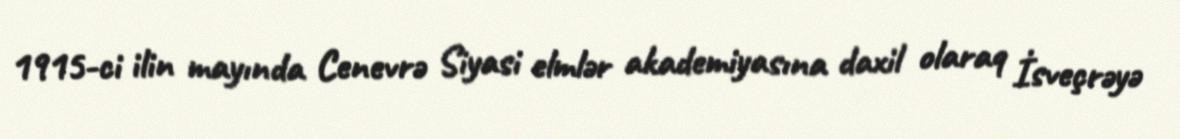
1915-ci ilin mayında Cenevrə Siyasi elmlər akademiyasına daxil olaraq İsveçrəyə